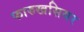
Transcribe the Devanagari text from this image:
फारुखसियर